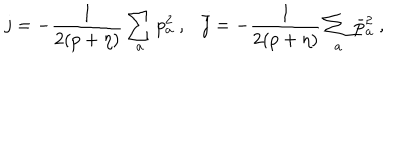
j = - \frac { 1 } { 2 ( p + \eta ) } \sum _ { a } p _ { a } ^ { 2 } ~ , \bar { j } = - \frac { 1 } { 2 ( p + \eta ) } \sum _ { a } \bar { p } _ { a } ^ { 2 } ~ ,